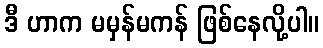
ဒီ ဟာက မမှန်မကန် ဖြစ်နေလို့ပါ။